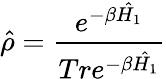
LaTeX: \hat{\rho}=\frac{e^{-\beta\hat{H_{1}}}}{Tre^{-\beta\hat{H_{1}}}}